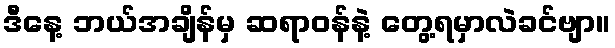
ဒီနေ့ ဘယ်အချိန်မှ ဆရာဝန်နဲ့ တွေ့ရမှာလဲခင်ဗျာ။